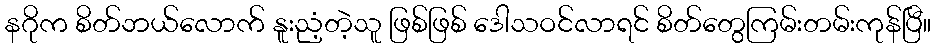
နဂိုက စိတ်ဘယ်လောက် နူးညံ့တဲ့သူ ဖြစ်ဖြစ် ဒေါသဝင်လာရင် စိတ်တွေကြမ်းတမ်းကုန်ပြီ။